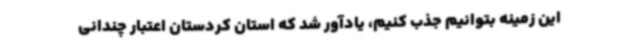
این زمینه بتوانیم جذب کنیم، یادآور شد که استان کردستان اعتبار چندانی